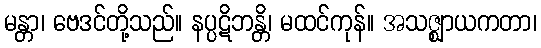
မန္တာ၊ ဗေဒင်တို့သည်။ နပ္ပဋိဘန္တိ၊ မထင်ကုန်။ အသဇ္ဈာယကတာ၊